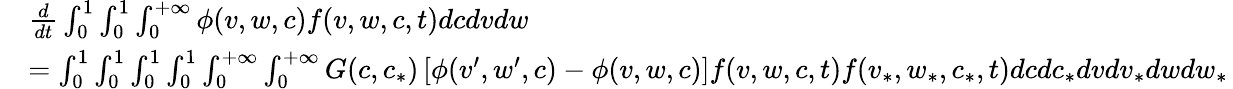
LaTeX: \begin{array}{rl}&{\frac{d}{dt}\int_{0}^{1}\int_{0}^{1}\int_{0}^{+\infty}\phi(v,w,c)f(v,w,c,t)dcdvdw}\\ &{=\int_{0}^{1}\int_{0}^{1}\int_{0}^{1}\int_{0}^{1}\int_{0}^{+\infty}\int_{0}^{+\infty}G(c,c_{*})\left[\phi(v^{\prime},w^{\prime},c)-\phi(v,w,c)\right]f(v,w,c,t)f(v_{*},w_{*},c_{*},t)dcdc_{*}dvdv_{*}dwdw_{*}\, }\end{array}